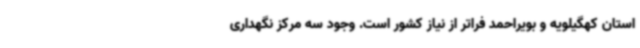
استان کهگیلویه و بویراحمد فراتر از نیاز کشور است. وجود سه مرکز نگهداری